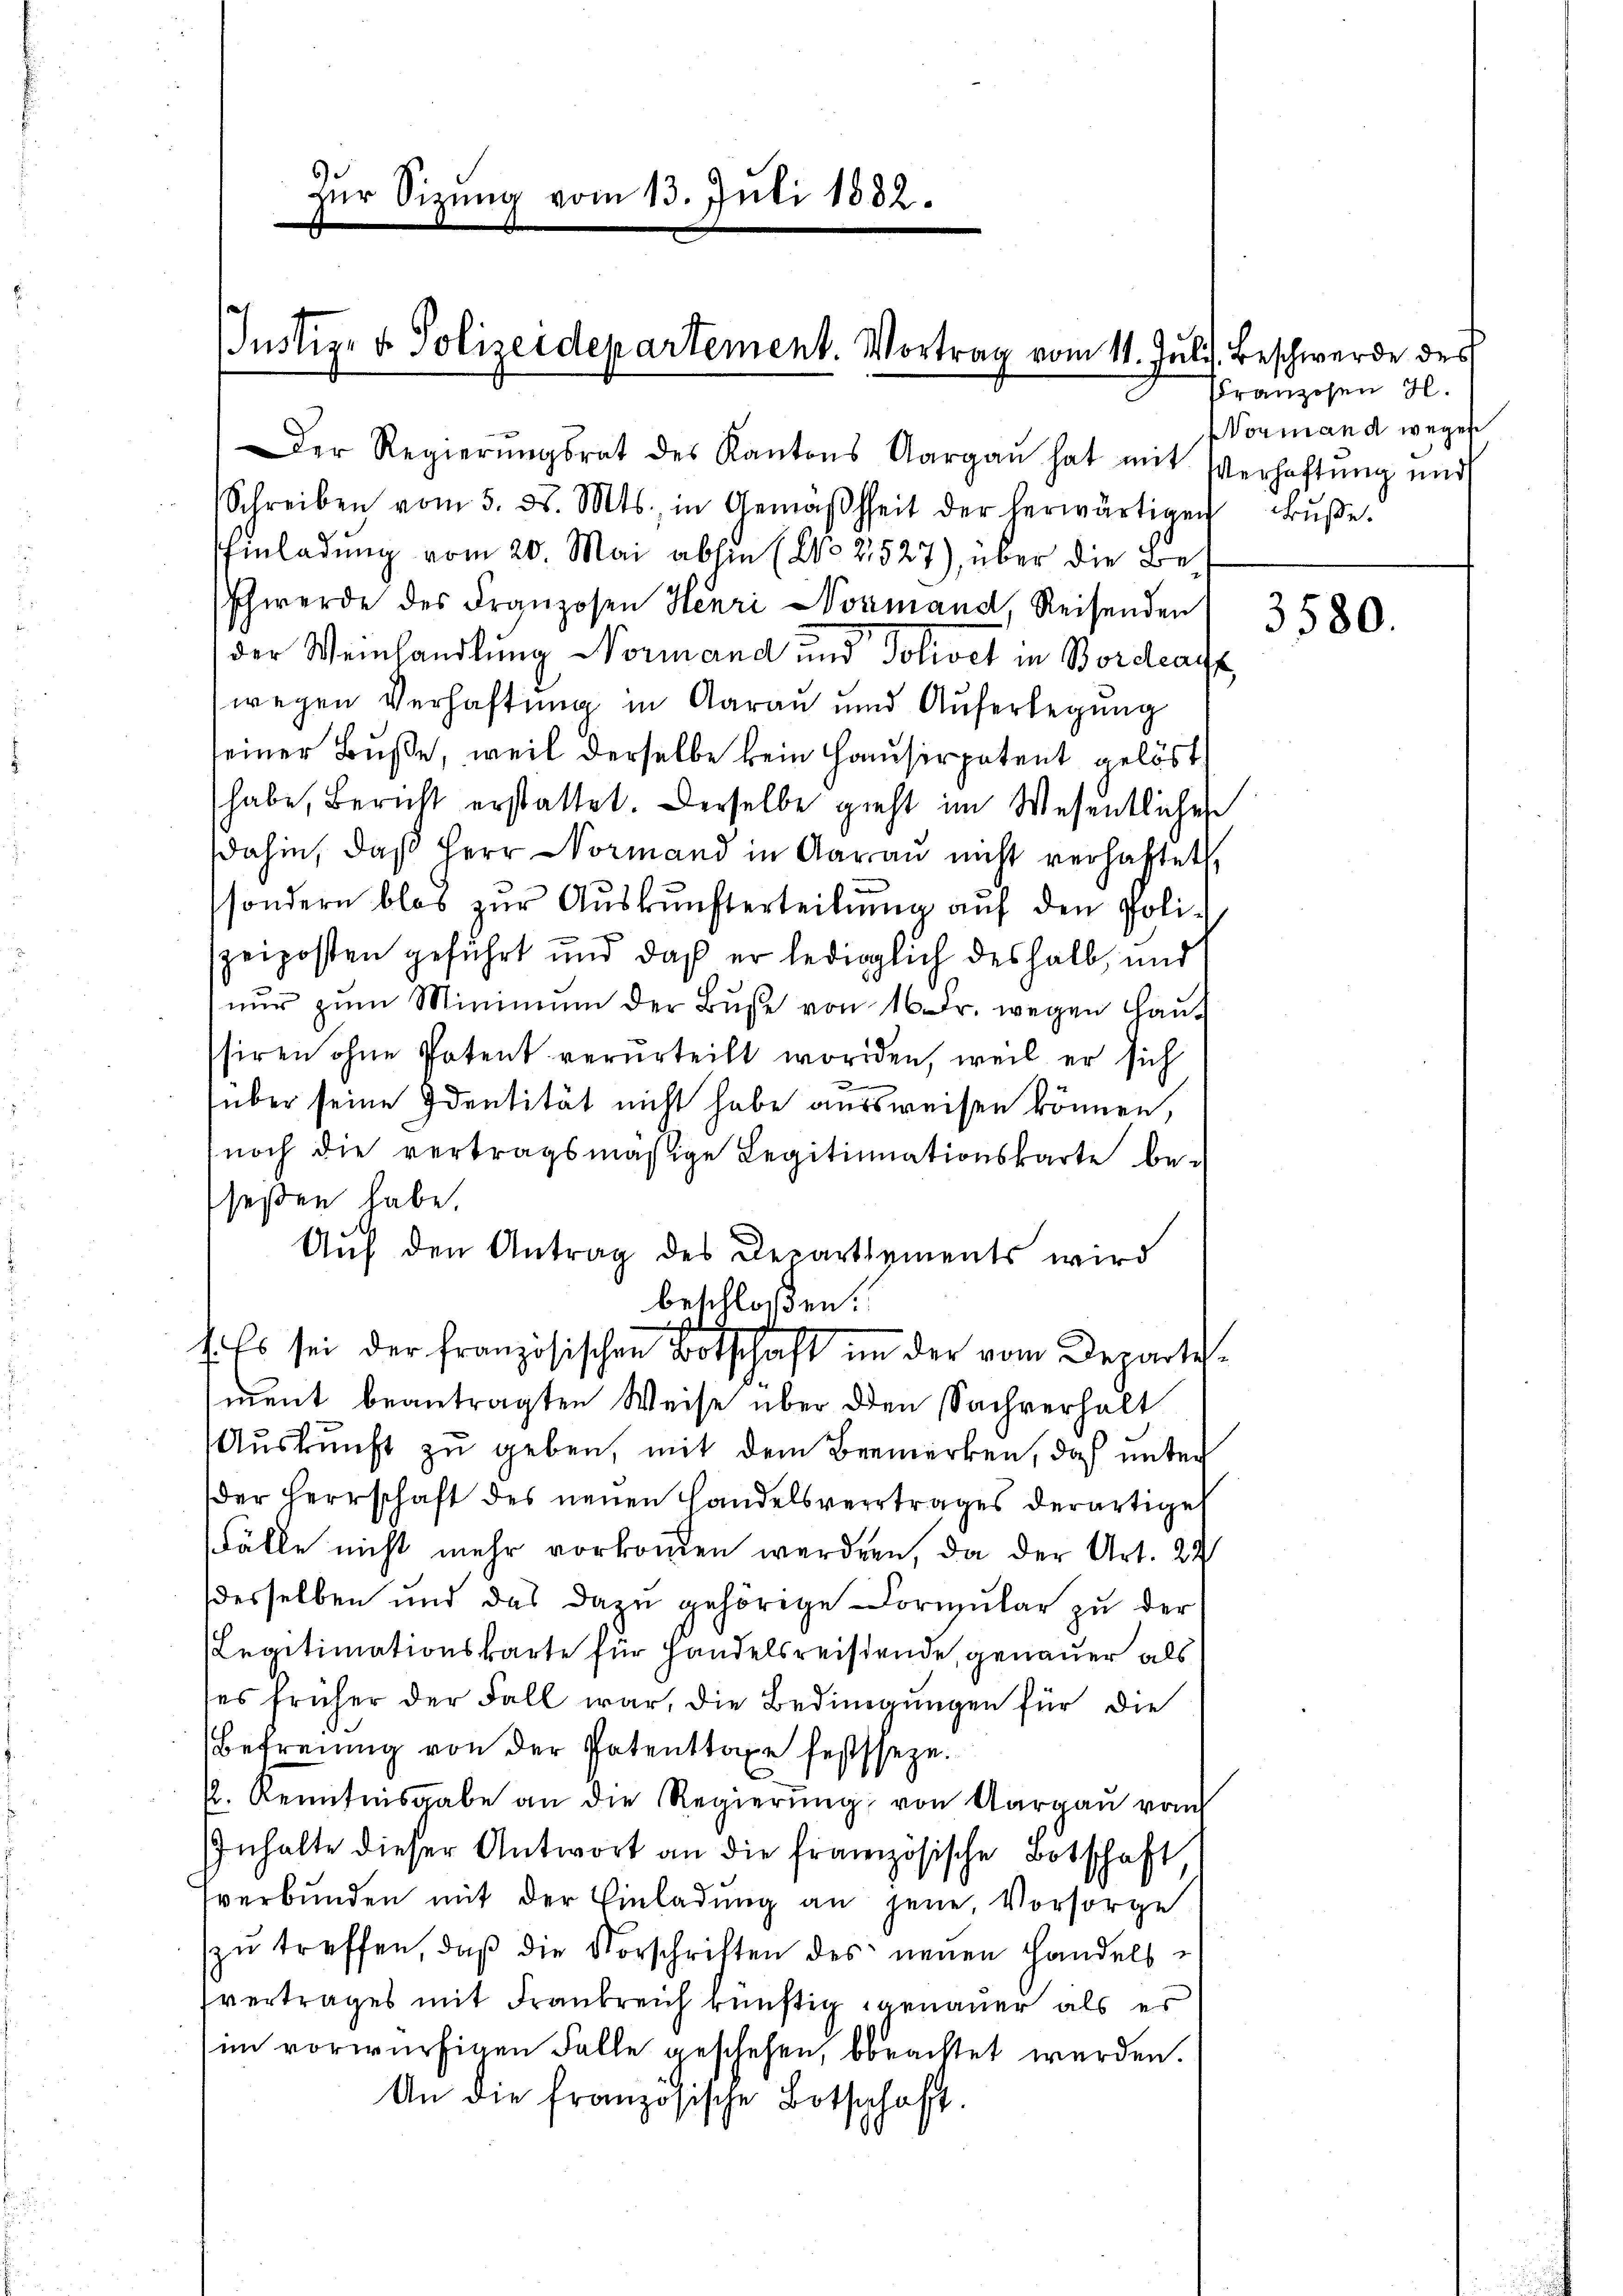
Zur Sitzung vom 13. Juli 1882.

Justiz- & Polizeidepartement. Vortrag vom 11. Juli). Beschwerde des

Der Regierŭngsrat des Kantons Aargaŭ hat mit Verhaftŭng und
Schreiben vom 5. d. Mts., in Gemäβhheit der herwärtigen Bŭβe.
Einladung vom 20. Mai abhin (No 2527), über die Beschwerde des Franzosen Henri Normand, Reisenden
der Weinhandlung Normand und Policet in Bordearz
wegen Verhaftung in Aarau und Auferlegung
seiner Buße, weil derselbe kein Hausirpatent gelöst
habe, Bericht erstattet. Derselbe gieht im Wesentliches
dahin, daβ Herr Normand in Aarau nicht verhaftet,
sondern blos zŭr Aŭskŭnfterteilung auf den Poli-
speiposten geführt und daß er lediglich deshalb, und
nur zum Minimum der Busse von 16 Fr. wegen Laussiren ohne Patent verurteilt worden, weil er sich
x
über seine Identität nicht habe aussweisen können,
noch die vertragsmäßige Legitimationskarte be-
seßen habe.
Auf den Antrag des Departements wird
beschloßen:
s
s. Es sei der französischen Botschaft in der vom Departe
ment beantragten Weise über den Sachverhalt
Auskunft zu geben, mit dem Bemerken, daß unter
der Herrschaft des neuen Handelsvertrages derartiget
Fälle nicht mehr vorkommen werden, da der Art. 22
desselben und das dazu gehörige Cormŭlar zu der
Legitimationskarte für Handelsreistende, genauer als
es früher der Fall war, die Bedingungen für die
Befreiung von der Patenttaxe festseze.
k. Kenntnisgabe an die Regierŭng von Aargaŭ vom
Inhalte dieser Antwort an die französische Botschaft,
sverbunden mit der Einladŭng an jene Vorsorge
zŭ treffen, daß die Vorschriften des neuen Handels-
vertrages mit Frankreich künftig genauer als er
im vorwürfigen Falle geschehen, bbeachtet werden.
An die französische Botschaft.

Franzosen H.
Normand wegen

3580.